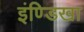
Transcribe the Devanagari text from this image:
इंण्डिखा